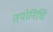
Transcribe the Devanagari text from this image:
तपोनिधि